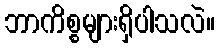
ဘာကိစ္စများရှိပါသလဲ။